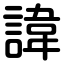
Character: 諱